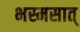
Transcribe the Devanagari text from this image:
भस्मसात्